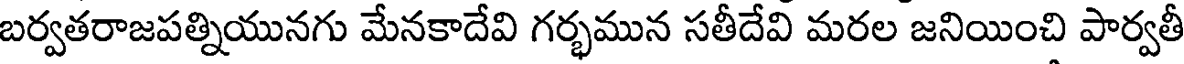
బర్వతరాజపత్నియునగు మేనకాదేవి గర్భమున సతీదేవి మరల జనియించి పార్వతీ